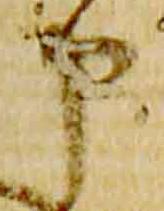
申